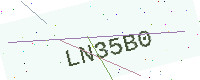
Text: LN35B0